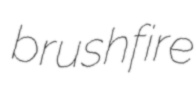
brushfire